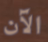
الآن